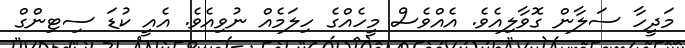
މަދީހާ ސަލާން ގޮވާލިއެވެ. އެއްވެސް މީހެއްގެ ހިލަމެއް ނުވިއެވެ. އެއީ ކުޑަ ސިޓިންގް